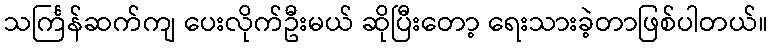
သင်္ကြန်ဆက်ကျ ပေးလိုက်ဦးမယ် ဆိုပြီးတော့ ရေးသားခဲ့တာဖြစ်ပါတယ်။